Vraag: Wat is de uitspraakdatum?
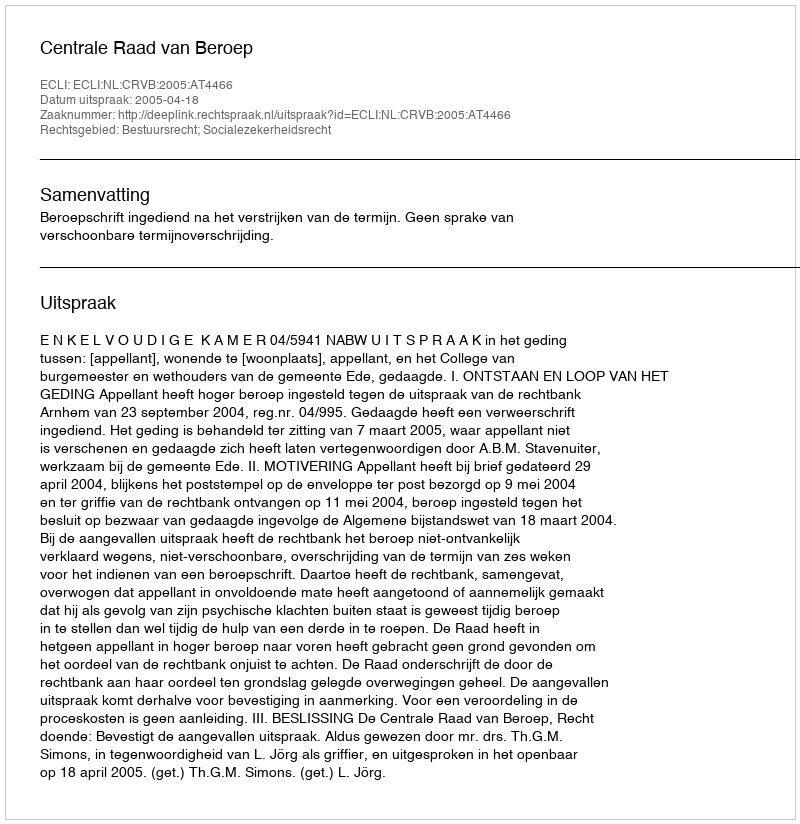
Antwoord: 2005-04-18